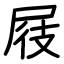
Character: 屐